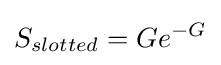
S_{slotted}=Ge^{-G}